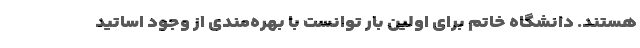
هستند. دانشگاه خاتم برای اولین بار توانست با بهره‌مندی از وجود اساتید